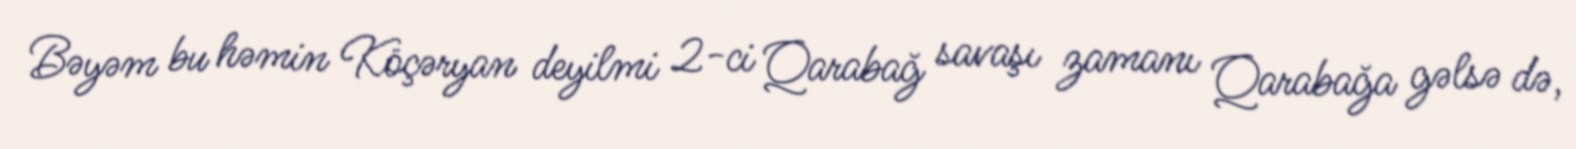
Bəyəm bu həmin Köçəryan deyilmi 2-ci Qarabağ savaşı zamanı Qarabağa gəlsə də,